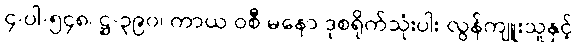
၄-ပါ-၅၄၈၊ ဋ္ဌ-၃၉၀၊ ကာယ ဝစီ မနော ဒုစရိုက်သုံးပါး လွန်ကျူးသူနှင့်